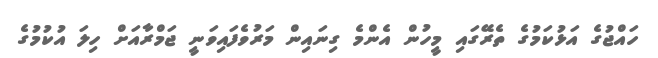
ހައްޖުގެ އަޅުކަމުގެ ތެރޭގައި މީހުން އެންމެ ގިނައިން މަރުވެފައިވަނީ ޖަމްރާއަށް ހިލަ އުކުމުގެ